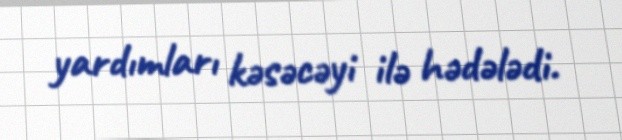
yardımları kəsəcəyi ilə hədələdi.